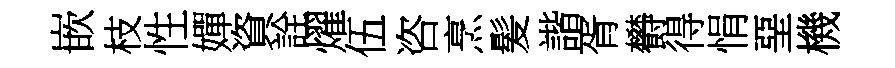
嵌枝性嬋資詮燿伍咨烹髪諧胥欎得悁堊機